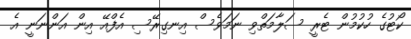
ކޯޓުގެ ހުކުމުން ޓެރީ ސަލާމަތްވި ނަމަވެސް އިނގިރޭސި އެފްއޭ އިން އަންނަނީ އެ